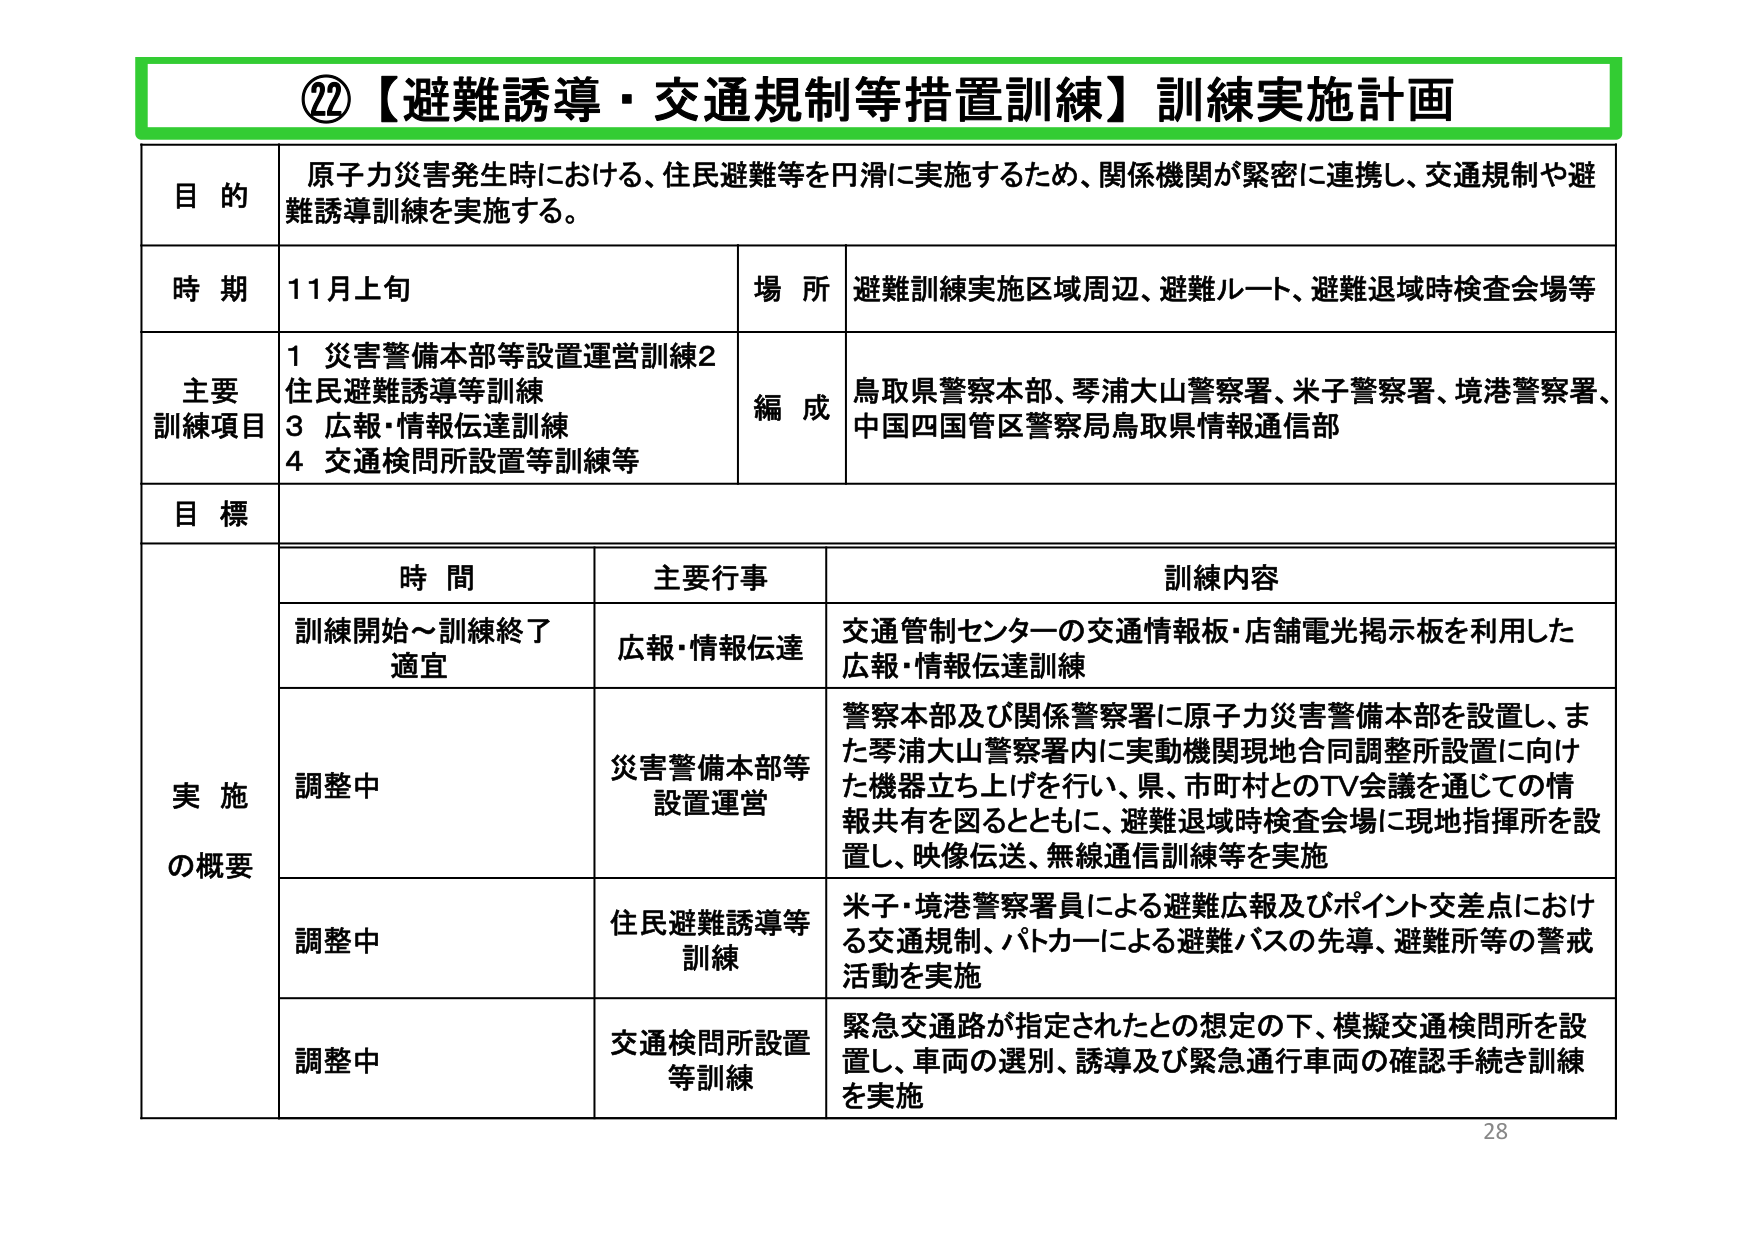
⑳【避難誘導・交通規制等措置訓練】訓練実施計画

目的
原子力災害発生時における、住民避難等を円滑に実施するため、関係機関が緊密に連携し、交通規制や避難誘導訓練を実施する。

時期
11月上旬

場所
避難訓練実施区域周辺、避難ルート、避難退域時検査会場等

主要訓練項目
1 災害警備本部等設置運営訓練
2 住民避難誘導等訓練
3 広報・情報伝達訓練
4 交通検問所設置等訓練等

編成
鳥取県警察本部、琴浦大山警察署、米子警察署、境港警察署、中国四国管区警察局鳥取県情報通信部

目標

実施の概要
時間 主要行事 訓練内容
訓練開始～訓練終了適宜 広報・情報伝達 交通管制センターの交通情報板・店舗電光掲示板を利用した広報・情報伝達訓練
調整中 災害警備本部等設置運営 警察本部及び関係警察署に原子力災害警備本部を設置し、また琴浦大山警察署内に実動機関現地合同調整所設置に向けた機器立ち上げを行い、県、市町村とのTV会議を通じての情報共有を図るとともに、避難退域時検査会場に現地指揮所を設置し、映像伝送、無線通信訓練等を実施
調整中 住民避難誘導等訓練 米子・境港警察署員による避難広報及びポイント交差点における交通規制、パトカーによる避難バスの先導、避難所等の警戒活動を実施
調整中 交通検問所設置等訓練 緊急交通路が指定されたとの想定の下、模擬交通検問所を設置し、車両の選別、誘導及び緊急通行車両の確認手続き訓練を実施

28